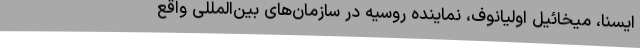
ایسنا، میخائیل اولیانوف، نماینده روسیه در سازمان‌های بین‌المللی واقع